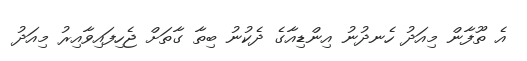
އެ ތޫފާން މިއަދު ހެނދުނު އިންޑިއާގެ ދެކުނު ބިތާ ގާތަށް ޖެހިފައިވާއިރު މިއަދު